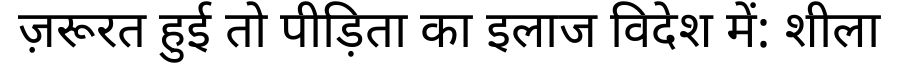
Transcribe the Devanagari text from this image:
ज़रूरत हुई तो पीड़िता का इलाज विदेश में: शीला